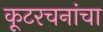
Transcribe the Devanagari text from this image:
कूटरचनांचा